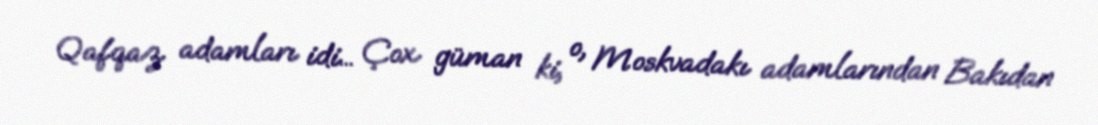
Qafqaz adamları idi... Çox güman ki, o, Moskvadakı adamlarından Bakıdan